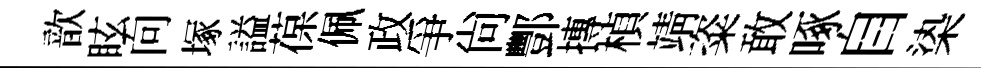
歆眩向塚謚葆佩政爭尙酆摶楨靖粢敢啄自𣑱